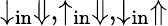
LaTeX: {\downarrow_{\mathrm{in}}\Downarrow,}{\uparrow_{\mathrm{in}}\Downarrow,}{\downarrow_{\mathrm{in}}\Uparrow}